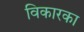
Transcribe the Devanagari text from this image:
विकारका